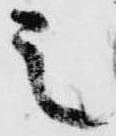
之